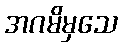
အဂမိမှသေ